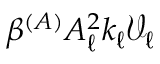
\beta ^ { ( A ) } A _ { \ell } ^ { 2 } k _ { \ell } \mathcal { V } _ { \ell }